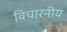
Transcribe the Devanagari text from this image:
विचारनीय